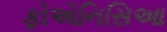
ફોએનિસિઆ